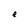
Character: e